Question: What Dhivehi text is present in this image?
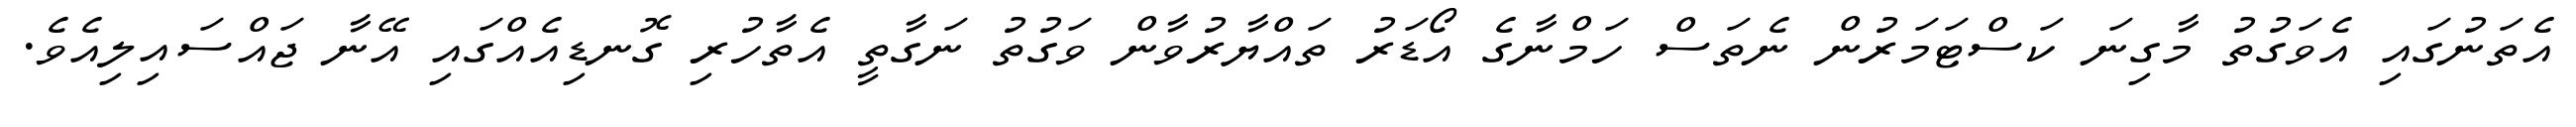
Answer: އެތަނުގައި އެވަގުތު މާގިނަ ކަސްޓަމަރުން ނެތަސް ހަމްނާގެ އޯޑަރު ތައްޔާރުވާން ވަގުތު ނަގާތީ އެތާހުރި ގޮނޑިއެއްގައި އޭނާ ޖައްސައިލިއެވެ.